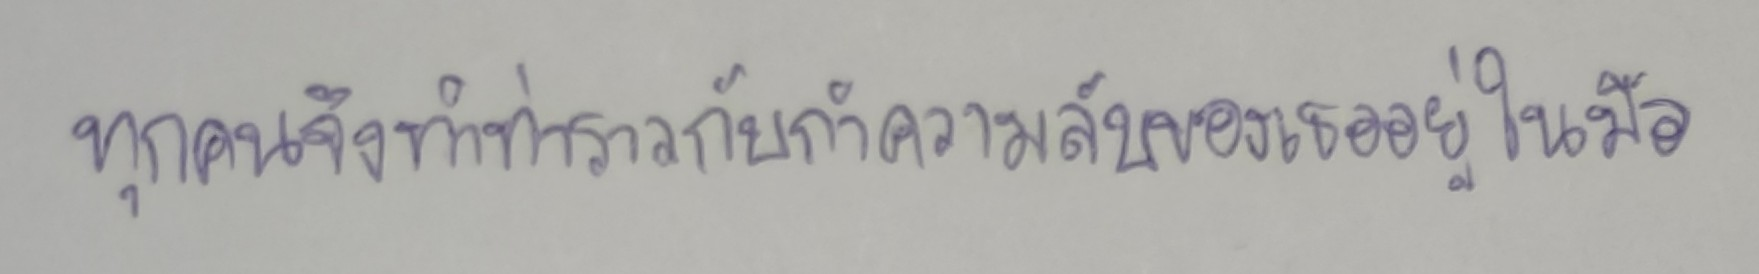
ทุกคนจึงทำท่าราวกับกำความลับของเธออยู่ในมือ